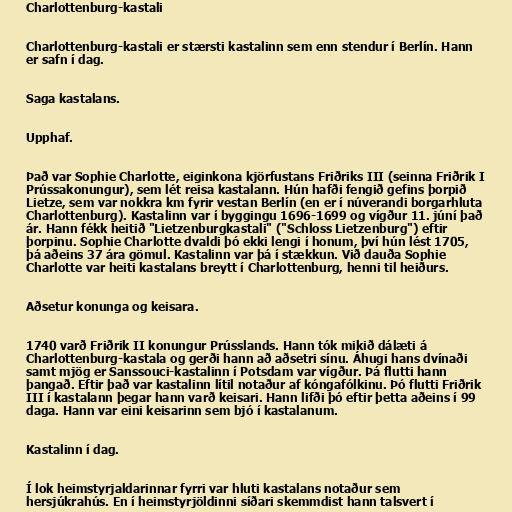
Charlottenburg-kastali

Charlottenburg-kastali er stærsti kastalinn sem enn stendur í Berlín. Hann
er safn í dag.

Saga kastalans.

Upphaf.

Það var Sophie Charlotte, eiginkona kjörfustans Friðriks III (seinna Friðrik I
Prússakonungur), sem lét reisa kastalann. Hún hafði fengið gefins þorpið
Lietze, sem var nokkra km fyrir vestan Berlín (en er í núverandi borgarhluta
Charlottenburg). Kastalinn var í byggingu 1696-1699 og vígður 11. júní það
ár. Hann fékk heitið "Lietzenburgkastali" ("Schloss Lietzenburg") eftir
þorpinu. Sophie Charlotte dvaldi þó ekki lengi í honum, því hún lést 1705,
þá aðeins 37 ára gömul. Kastalinn var þá í stækkun. Við dauða Sophie
Charlotte var heiti kastalans breytt í Charlottenburg, henni til heiðurs.

Aðsetur konunga og keisara.

1740 varð Friðrik II konungur Prússlands. Hann tók mikið dálæti á
Charlottenburg-kastala og gerði hann að aðsetri sínu. Áhugi hans dvínaði
samt mjög er Sanssouci-kastalinn í Potsdam var vígður. Þá flutti hann
þangað. Eftir það var kastalinn lítil notaður af kóngafólkinu. Þó flutti Friðrik
III í kastalann þegar hann varð keisari. Hann lifði þó eftir þetta aðeins í 99
daga. Hann var eini keisarinn sem bjó í kastalanum.

Kastalinn í dag.

Í lok heimstyrjaldarinnar fyrri var hluti kastalans notaður sem
hersjúkrahús. En í heimstyrjöldinni síðari skemmdist hann talsvert í